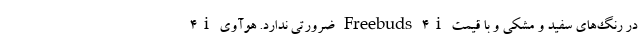
4i ضرورتی ندارد. هوآوی Freebuds 4i در رنگ‌های سفید و مشکی و با قیمت